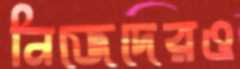
নিজেদেরও